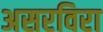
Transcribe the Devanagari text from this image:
असरविरा